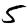
Digit: 5